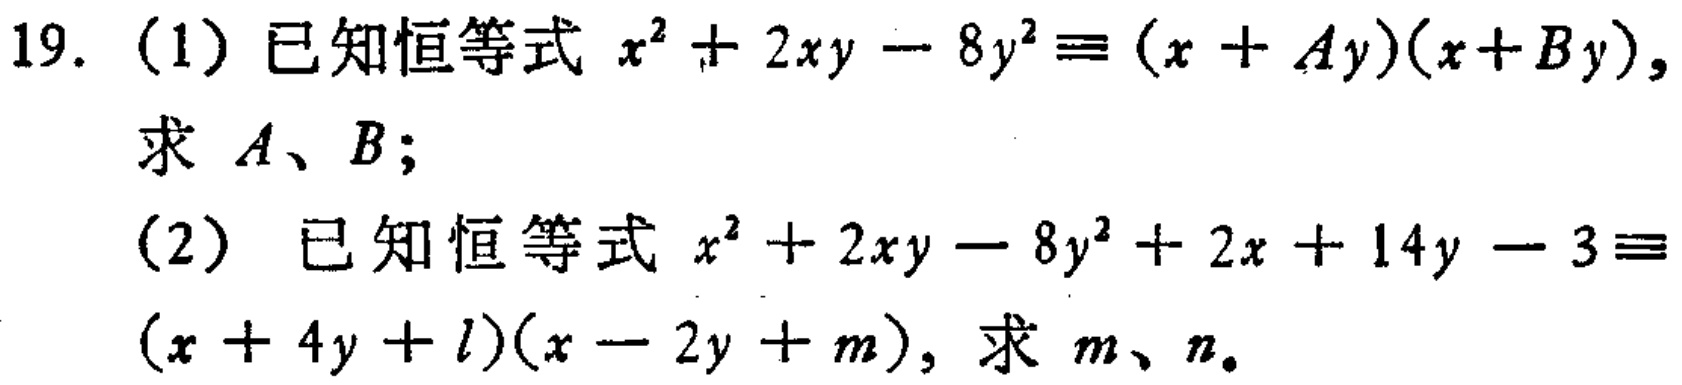
19. (1) 已知恒等式 \(x^{2}+2xy - 8y^{2}\equiv(x + Ay)(x + By)\)，求 \(A\)、\(B\)；

(2) 已知恒等式 \(x^{2}+2xy - 8y^{2}+2x + 14y - 3\equiv(x + 4y + l)(x - 2y + m)\)，求 \(m\)、\(n\)。